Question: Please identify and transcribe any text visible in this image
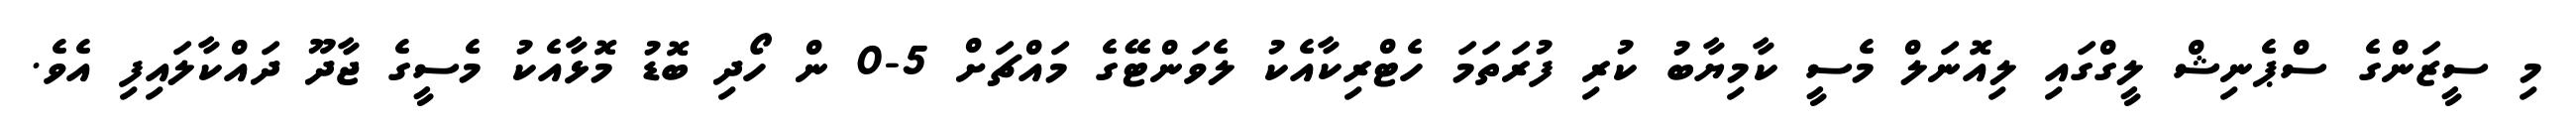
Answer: މި ސީޒަންގެ ސްޕެނިޝް ލީގްގައި ލިއޮނަލް މެސީ ކާމިޔާބު ކުރި ފުރަތަމަ ހެޓްރިކާއެކު ލެވަންޓޭގެ މައްޗަށް 5-0 ން ހޯދި ބޮޑު މޮޅާއެކު މެސީގެ ޖާދޫ ދައްކާލައިފި އެވެ.